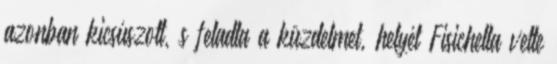
azonban kicsúszott, s feladta a küzdelmet, helyét Fisichella vette